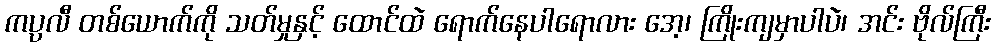
ကပ္ပလီ တစ်ယောက်ကို သတ်မှုနှင့် ထောင်ထဲ ရောက်နေပါရောလား အေ့၊ ကြိုးကျမှာပါပဲ၊ အင်း ဗိုလ်ကြီး